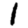
Digit: 1